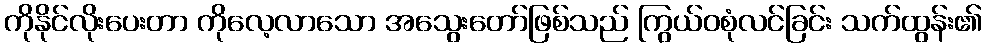
ကိုနိုင်လိုးပေးတာ ကိုလေ့လာသော အသွေးတော်ဖြစ်သည် ကြွယ်ဝစုံလင်ခြင်း သက်ထွန်း၏